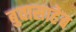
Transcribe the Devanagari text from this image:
बुवासाहेब